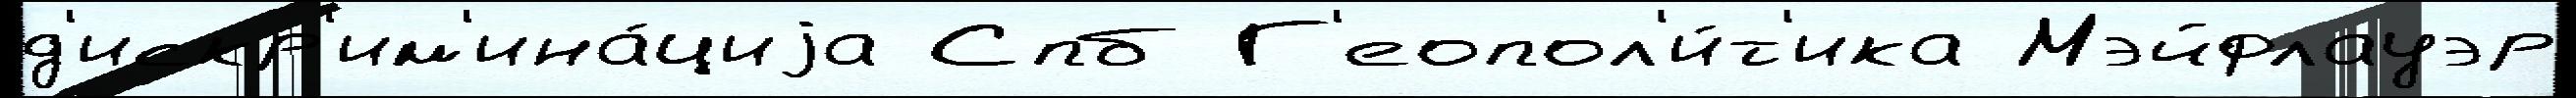
д'искр'им'ина́циjа Спб Г'еопол'и́т'ика Мэйфлауэр